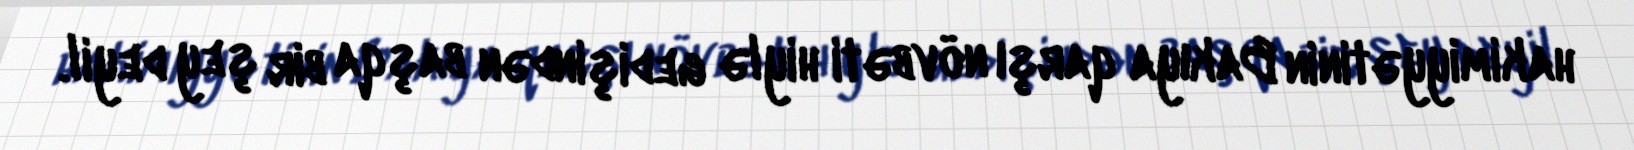
hakimiyyətinin Bakıya qarşı növbəti hiylə gedişindən başqa bir şey deyil.